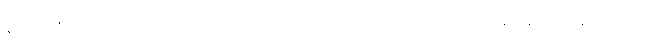
နီပွန်ဖေါင်ဒေးရှင်းနဲ့ ဒီကေဘီအေ ကလို့ထူးဘောအဖွဲ့၊ အဖွဲ့ရယ်၊ ကျနော်တို့ဝန်ကြီးရယ်